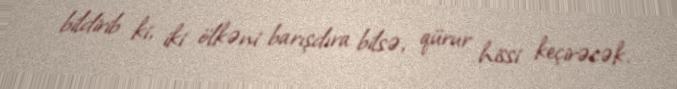
bildirib ki, iki ölkəni barışdıra bilsə, qürur hissi keçirəcək.